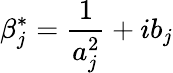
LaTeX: \beta_{j}^{*}=\frac{1}{a_{j}^{2}}+ib_{j}